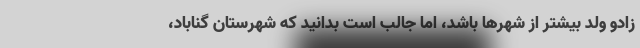
زادو ولد بیشتر از شهر‌ها باشد، اما جالب است بدانید که شهرستان گناباد،